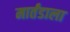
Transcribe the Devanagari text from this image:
मार्तंडाला